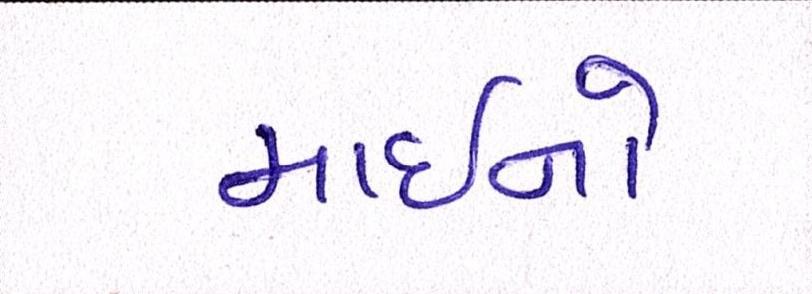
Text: માઇનો